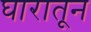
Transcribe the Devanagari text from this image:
घारातून